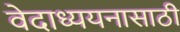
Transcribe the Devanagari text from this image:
वेदाध्ययनासाठी